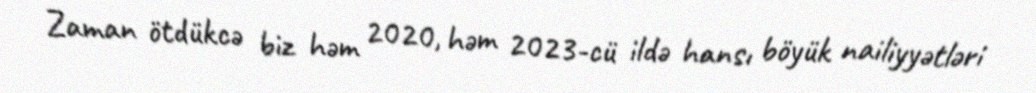
Zaman ötdükcə biz həm 2020, həm 2023-cü ildə hansı böyük nailiyyətləri